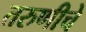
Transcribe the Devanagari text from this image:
तरुणीचे